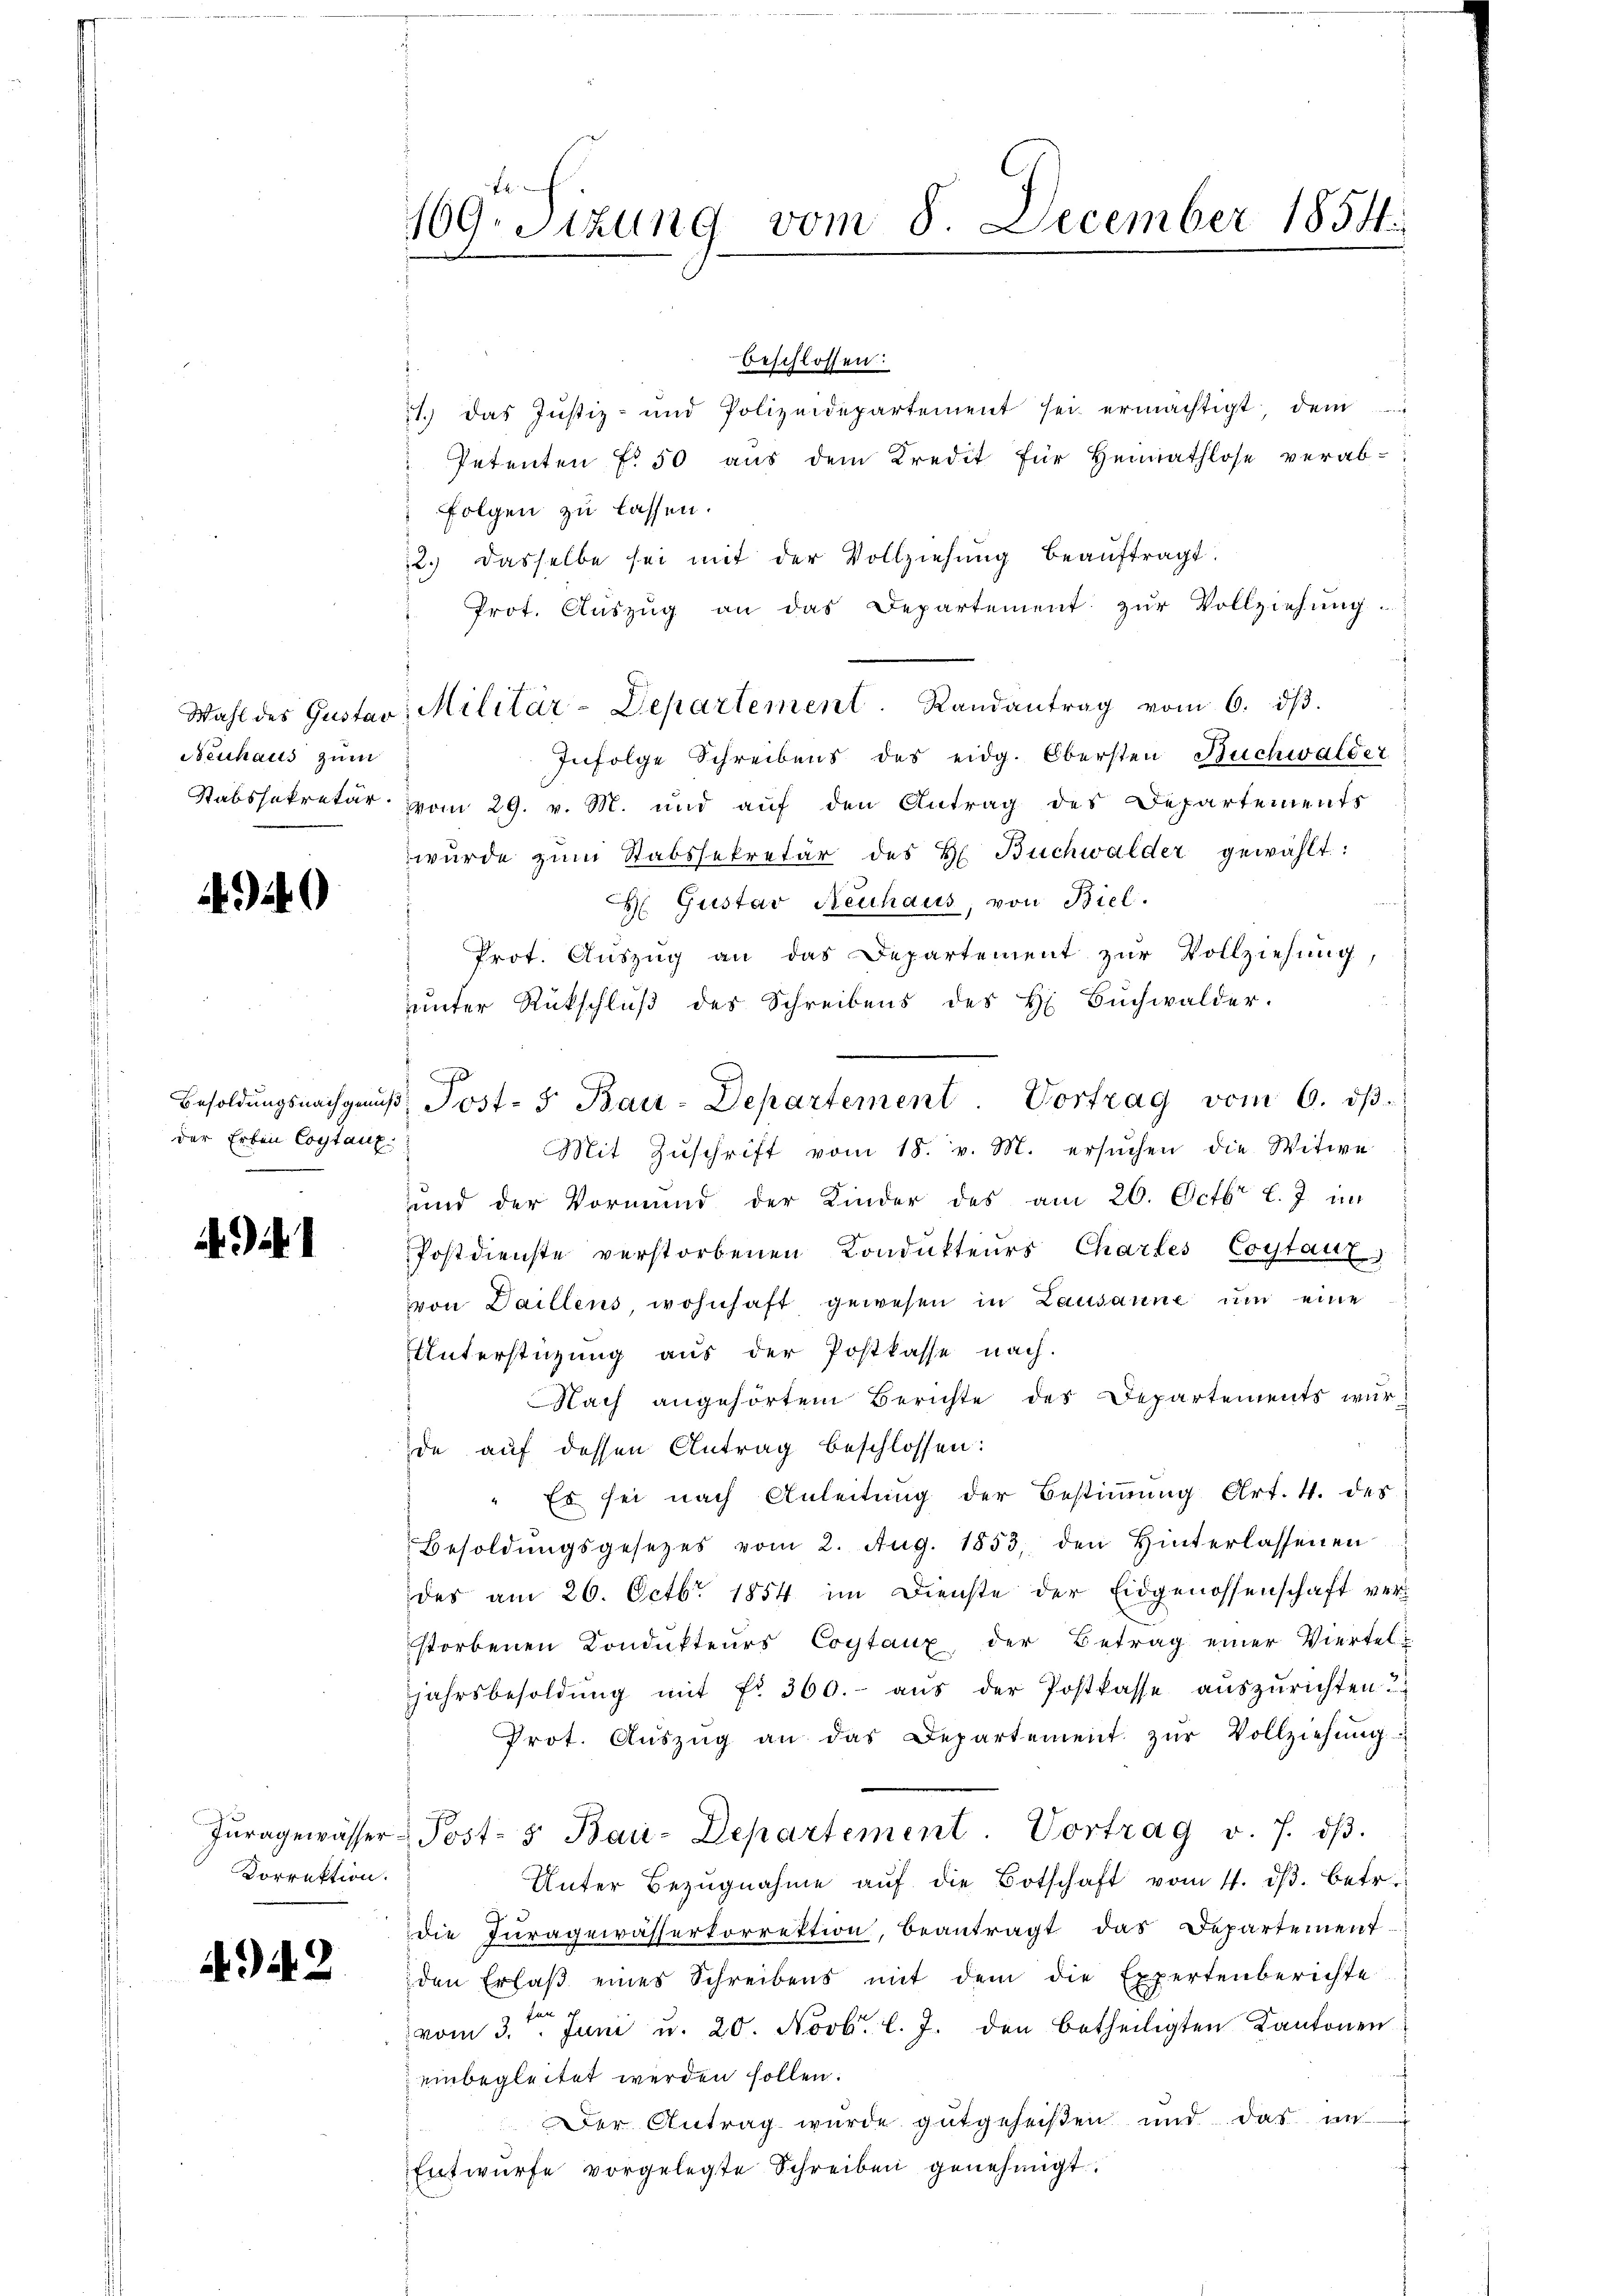
Neuhaus zum

49

der Erben Costanz

41

Vorrektion.

44. 2

f
109. Sitzung vom 8. December 1854.

beschlossen:
21. das Justiz- und Polizeidepartement sei ermächtigt, dem
Petenten f. 50 aŭs dem Kredit für Heimathlose verab-
Folgen zu lassen.
12.) Dasselbe sei mit der Vollziehung beaŭftragt.
Prot. Aŭszŭg an das Departement zŭr Vollziehung
Infolge Schreibens des eidg. Obersten Buchwalder
Stabssekretär vom 29. v. M. und aŭf den Antrag des Departements
würde zŭm Stabssekretär des H. Buchwalder gewählt:
H Gustav Neuhaus, von Biel.
Prot. Auszug an das Departement zur Vollziehung,
uunter Rückschluß des Schreibens des H. Buchwalder.
Mit Zŭschrift vom 18. v. M. ersŭchen die Witwe
und der Vormund der Kinder des am 26. Octbr. l. J. in
Postdienste verstorbenen Kondukteurs Chartes Coytaut
von Daillens, wohnhaft gewesen in Lausanne um eine
Unterstüzung aus der Postkasse nach.
Nach angehörtem Berichte des Departements wurde auf dessen Antrag beschlossen:
" Es sei nach Anleitung der Bestimmung Art. 4. des
Besoldŭngsgesetzes vom 2. Aug. 1853, den Hinterlassenen
des am 26. Octbr. 1854 im Dienste der Eidgenossenschaft verstorbenen Condukteurs Coytaux der Betrag einer Viertel-
jahrsbesoldŭng mit fr. 360.- aŭs der Postkasse aŭszŭrichten.
Prot. Aŭszŭg an das Departement zŭr Vollziehŭng
Jŭragewässer Post- & Bau-Departement. Vortrag v. J. dβ.
Unter Bezŭgnahme aŭf die Botschaft vom 11. dβ. betr.
die Fŭragewässerkorrektion, beantragt das Departement
den Erlaβ eines Schreibens mit dem die Expertenberichte
h
fn
vom 3. Juni u. 20. Novb. l. J. den betheiligten Kantonen
einbegleitet werden sollen.
Der Antrag wurde gutgeheißen und das im
Entwurfe vorgelegte Schreiben genehmigt.

Wahl des Gustav Militär-Departement. Randantrag vom 6. dβ.

Besoldŭngsnachgenus Post- u Bau-Departement. Vortrag vom 6. dβ.